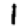
Digit: 1